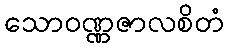
သောဝဏ္ဏဇာလစိတံ